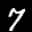
Label: 7